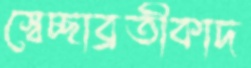
স্বেচ্ছাব্রতীকাদ